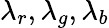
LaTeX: \lambda_{r},\lambda_{g},\lambda_{b}